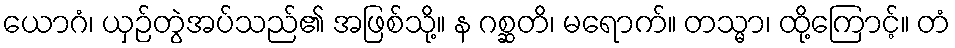
ယောဂံ၊ ယှဉ်တွဲအပ်သည်၏ အဖြစ်သို့။ န ဂစ္ဆတိ၊ မရောက်။ တသ္မာ၊ ထို့ကြောင့်။ တံ